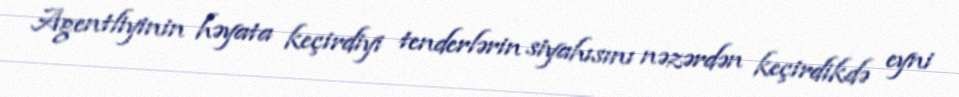
Agentliyinin həyata keçirdiyi tenderlərin siyahısını nəzərdən keçirdikdə eyni